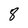
Character: 8